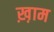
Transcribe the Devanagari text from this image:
ख़़ाम